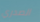
الصدري